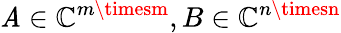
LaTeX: \mathit{A}\in\mathbb{{C}}^{m\timesm},B\in\mathbb{{C}}^{n\timesn}